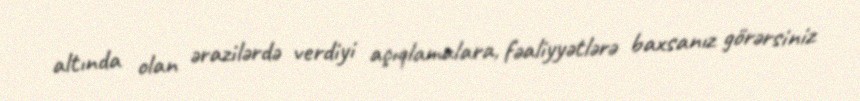
altında olan ərazilərdə verdiyi açıqlamalara, fəaliyyətlərə baxsanız görərsiniz